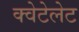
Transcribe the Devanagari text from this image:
क्वेटेलेट